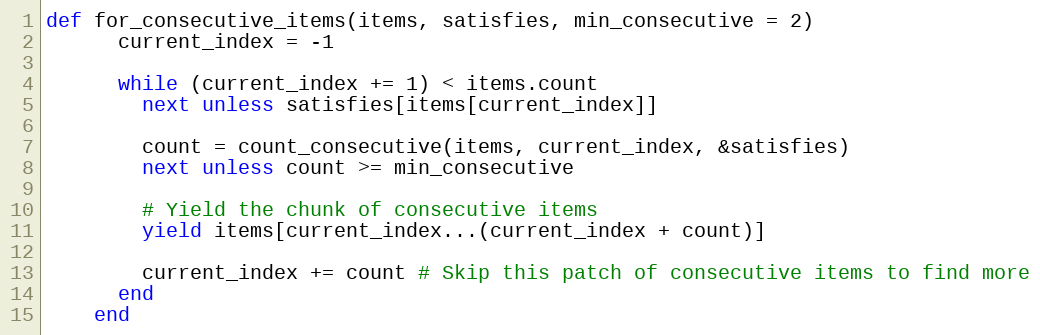
Language: Ruby
def for_consecutive_items(items, satisfies, min_consecutive = 2)
      current_index = -1

      while (current_index += 1) < items.count
        next unless satisfies[items[current_index]]

        count = count_consecutive(items, current_index, &satisfies)
        next unless count >= min_consecutive

        # Yield the chunk of consecutive items
        yield items[current_index...(current_index + count)]

        current_index += count # Skip this patch of consecutive items to find more
      end
    end